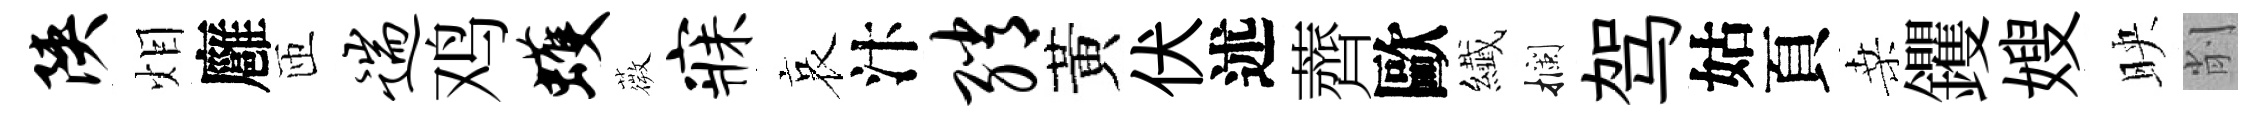
陕𤇆廱匝遄鸡蠖薇寐哀汴绡黃伏述薺歐纎攔驾姑頁桑钁嫂映削